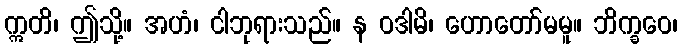
ဣတိ၊ ဤသို့။ အဟံ၊ ငါဘုရားသည်။ န ဝဒါမိ၊ ဟောတော်မမူ။ ဘိက္ခဝေ၊